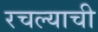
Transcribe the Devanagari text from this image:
रचल्याची